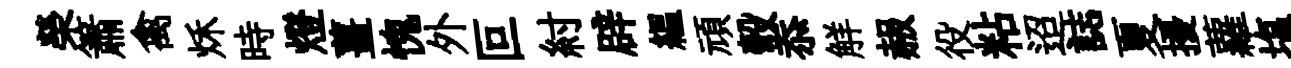
榮簫禽秌時燈薑愧外叵紂辟緼頑彀忝觧赧役粘迢誌夏擾蘿塩